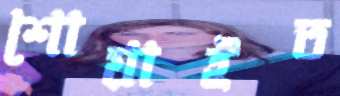
শোয়াইত